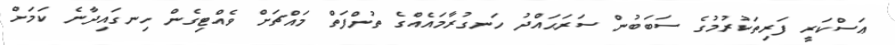
ޢަސްކަރީ ފަރިތަކުރުމުގެ ސަބަބުން ސަރަޙައްދު ހަނގުރާމައެއްގެ ތުންފަތް މައްޗަށް ވެއްޓިގެން ހިނގައިދާނެ ކަމަށް